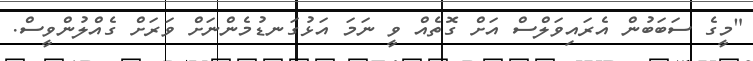
"މީގެ ސަބަބުން އެރައިވަލްސް އަށް ގޮތެއް ވީ ނަމަ އަޅުގަނޑުމެންނަށް ވަރަށް ގެއްލުންވީސް.